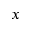
x